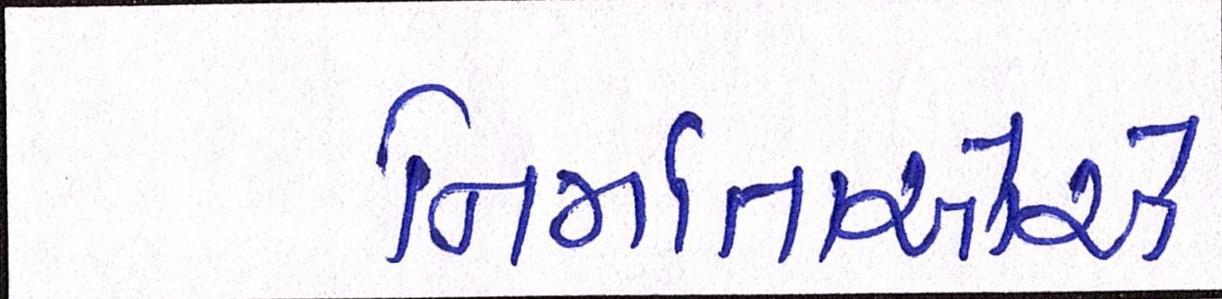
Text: નિર્માતાઓએ